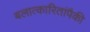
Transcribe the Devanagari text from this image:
बलात्‍कारितांपैकी